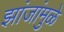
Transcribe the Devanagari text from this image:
झांजांमुळे